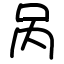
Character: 呙